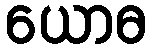
ယောဓ